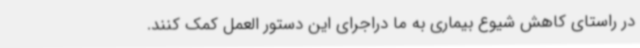
در راستای کاهش شیوع بیماری به ما دراجرای این دستور العمل کمک کنند.